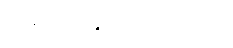
လစာ - ၇၅၀,၀၀၀ ကျပ်